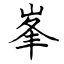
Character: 峯